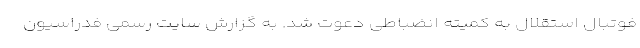
فوتبال استقلال به کمیته انضباطی دعوت شد. به گزارش سایت رسمی فدراسیون